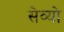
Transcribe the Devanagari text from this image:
सेव्यो